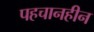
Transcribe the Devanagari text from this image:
पहचानहीन